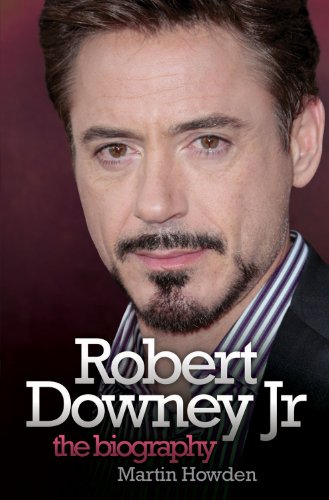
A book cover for Robert Downey Jr: The Biography; Martin Howden; Humor & Entertainment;